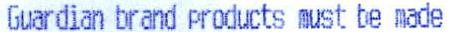
GUARDIAN BRAND PRODUCTS MUST BE MADE